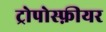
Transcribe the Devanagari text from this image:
ट्रोपोस्फ़ीयर